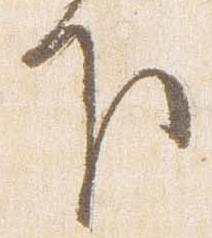
下